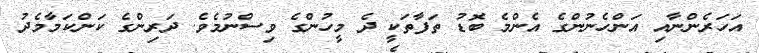
އަހަރެންނާއި އަންހެނުންގެ އެންމެ ބޮޑު ތަފާތަކީ ދެ މީހުންގެ ވިސްނުމެވެ. ދަރިންގެ ކަންކަމާމެދު